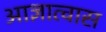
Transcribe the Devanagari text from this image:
आज्ञात्वास